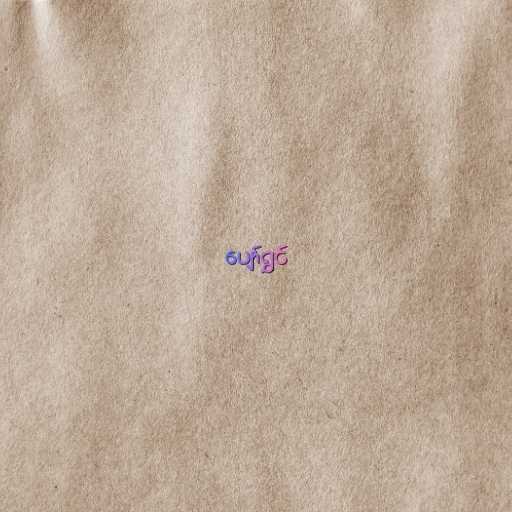
ပျော်ရွှင်